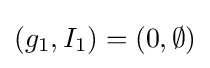
(g_{1},I_{1})=(0,\emptyset )